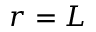
r = L